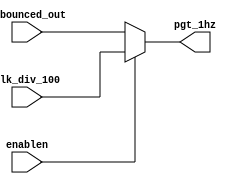
module mux
  (input wire enablen,
   input wire clk_div_100,
   input wire debounced_out,
   output wire pgt_1hz);
  

  assign pgt_1hz = (!enablen ? debounced_out : clk_div_100);
  
endmodule